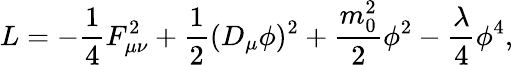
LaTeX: L=-\frac{1}{4}F_{\mu\nu}^{2}+\frac{1}{2}(D_{\mu}\phi)^{2}+\frac{m_{0}^{2}}{2}\phi^{2}-\frac{\lambda}{4}\phi^{4},